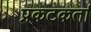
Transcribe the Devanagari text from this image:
प्रकटकर्ता